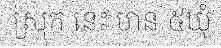
ស្រុក នេះ មាន ៥ឃុំ